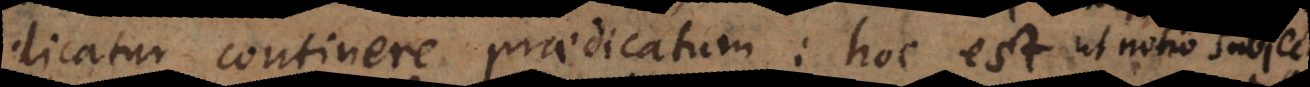
dicatur continere praedicatum: hoc est ut notio subject